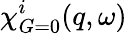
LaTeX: \chi_{G=0}^{i}(q,\omega)